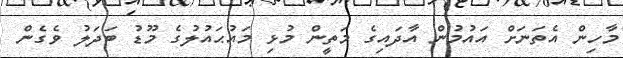
މާހިން އެތަނަށް އައުމުން އާދައިގެ މަތީން މުޅި މައުޙައުލުގެ މޫޑު ބަދަލު ވެގެން